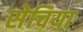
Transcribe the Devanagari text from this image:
सेचिया